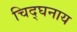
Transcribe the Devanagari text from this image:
चिद्घनाय